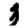
Digit: 3